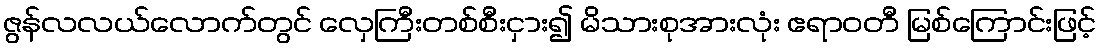
ဇွန်လလယ်လောက်တွင် လှေကြီးတစ်စီးငှား၍ မိသားစုအားလုံး ဧရာဝတီ မြစ်ကြောင်းဖြင့်